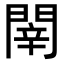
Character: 𨴲